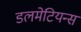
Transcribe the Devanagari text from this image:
डलमेटियन्स